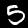
Digit: 5